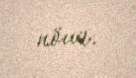
növü.